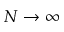
N \to \infty